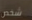
شخص